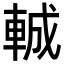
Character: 𮝍